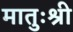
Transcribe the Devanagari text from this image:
मातुःश्री